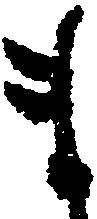
ま